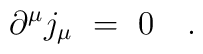
\partial^\mu j_\mu~=~0~~~.